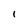
Character: l